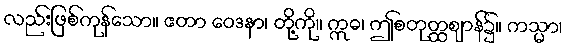
လည်းဖြစ်ကုန်သော။ ဧတာ ဝေဒနာ၊ တို့ကို။ ဣဓ၊ ဤစတုတ္ထဈာန်၌။ ကသ္မာ၊